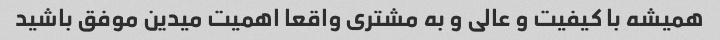
همیشه با کیفیت و عالی و به مشتری واقعا اهمیت میدین موفق باشید